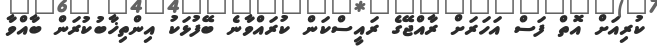
ކުރިއަށް އޮތް ފަސް އަހަރަށް ރާއްޖޭގެ ރައީސްކަން ކުރައްވާނެ ބޭފުޅަކު އިންތިޚާބުކުރަން ބާއްވާ